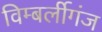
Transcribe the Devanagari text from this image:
विम्बर्लीगंज